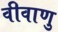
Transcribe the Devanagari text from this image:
वीवाणु